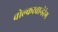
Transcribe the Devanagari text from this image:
वोल्करवान्डेरंग